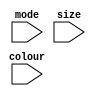
module display(mode, colour, size);
	input mode, colour, size;
endmodule